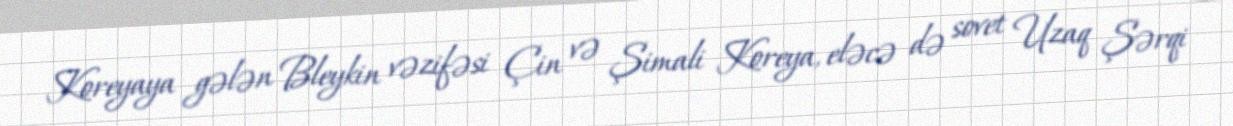
Koreyaya gələn Bleykin vəzifəsi Çin və Şimali Koreya, eləcə də sovet Uzaq Şərqi